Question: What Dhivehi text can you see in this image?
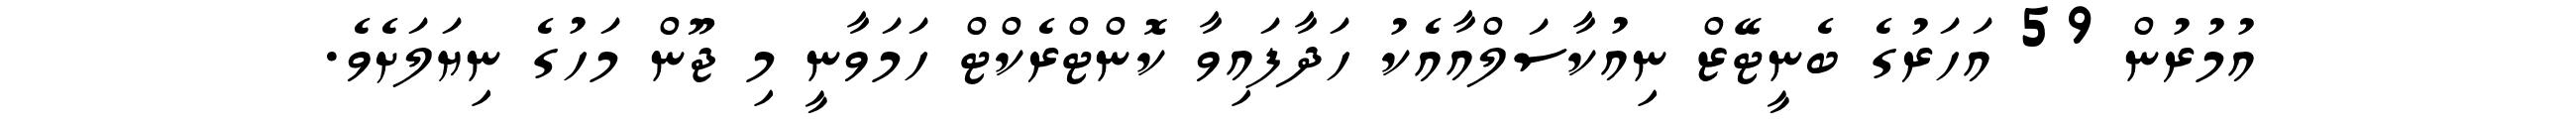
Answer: އުމުރުން 59 އަހަރުގެ ބެނީޓޭޒް ނިއުކާސަލްއާއެކު ހަދާފައިވާ ކޮންޓްރެކްޓް ހަމަވާނީ މި ޖޫން މަހުގެ ނިޔަލަށެވެ.